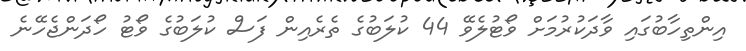
އިންތިހާބުގައި ވާދަކުރުމަށް ވޯޓުލެވޭ 44 ކުލަބުގެ ތެރެއިން ފަސް ކުލަބުގެ ވޯޓު ހޯދަންޖެހޭނެ